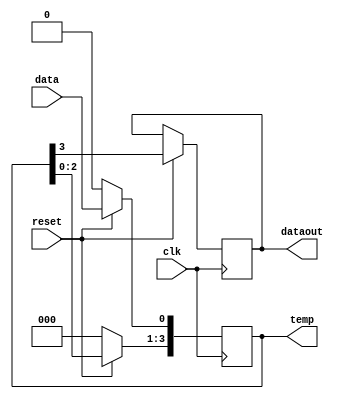
module four_bit_siso(
    input data,
    input clk,
    input reset,
    output reg dataout,
    output reg [3:0]temp
);
initial begin
    temp=4'b0000;
end
always @(negedge clk) begin
    if(reset==0)
    temp<=4'b0000;
    else begin
        temp<=temp<<1;
        temp[0]<=data;
        dataout<=temp[3];
    end
end
endmodule